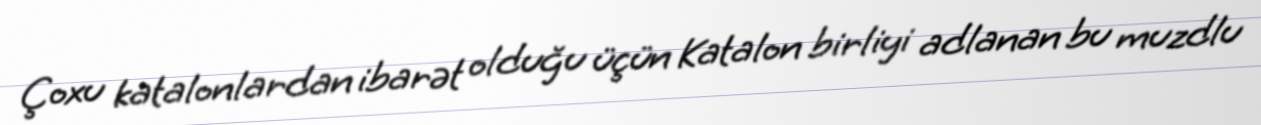
Çoxu katalonlardan ibarət olduğu üçün Katalon birliyi adlanan bu muzdlu